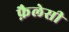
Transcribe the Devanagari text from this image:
फ़ैलेसी